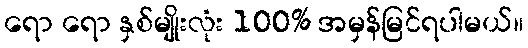
ရော ရော နှစ်မျိုးလုံး 100% အမှန်မြင်ရပါမယ်။